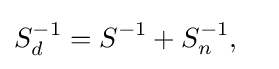
S_{d}^{-1}=S^{-1}+S_{n}^{-1},\quad